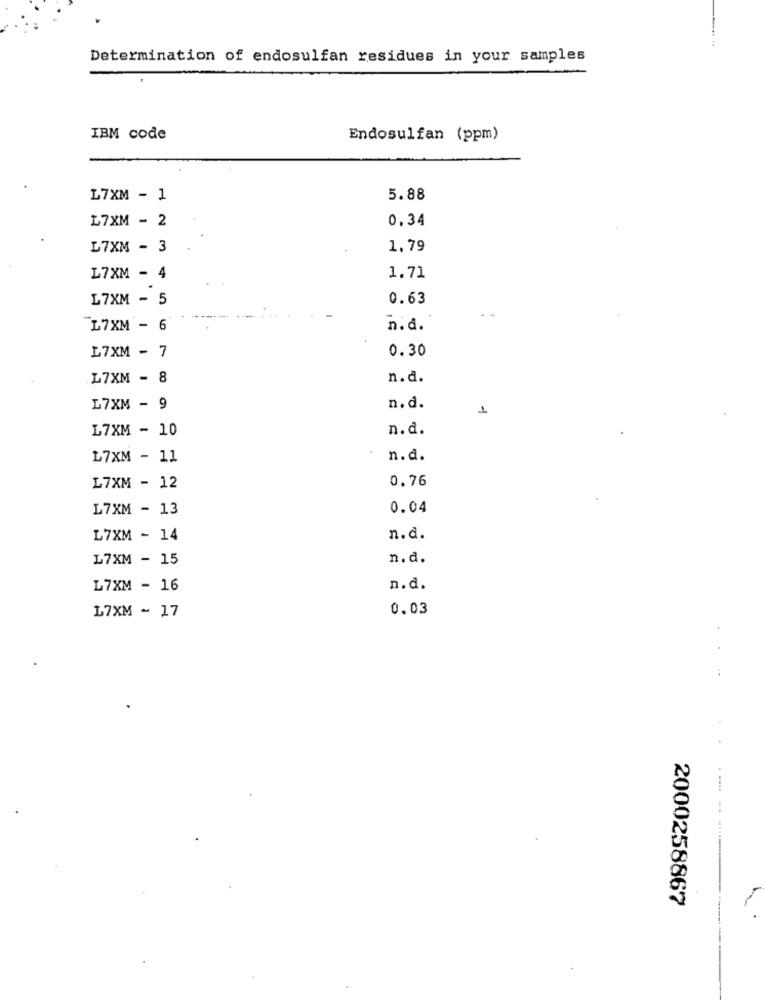
Determination of endosulfan residues in your samples
IBM code
Endosulfan (ppm)
L7XM - 1
5.88
L7XM - 2
0,34
L7XM - 3
1,79
L7XM - 4
1.71
L7XM - 5
0.63
L7XM - 6
n.d.
0.30
L7XM - 7
L7XM - 8
n.d.
L7XM - 9
n.d.
1
L7XM - 10
n.d.
L7XM - 11
n.d.
L7XM - 12
0.76
L7XM - 13
0.04
L7XM - 14
n.d.
L7XM - 15
n.d.
L7XM - 16
n.d.
L7XM - 17
0.03
2000258867